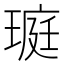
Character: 𤧻